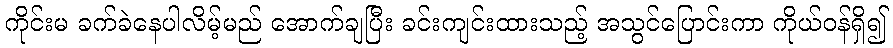
ကိုင်းမ ခက်ခဲနေပါလိမ့်မည် အောက်ချပြီး ခင်းကျင်းထားသည့် အသွင်ပြောင်းကာ ကိုယ်ဝန်ရှိ၍